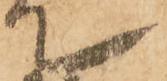
て